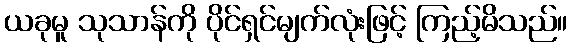
ယခုမူ သုသာန်ကို ပိုင်ရှင်မျက်လုံးဖြင့် ကြည့်မိသည်။